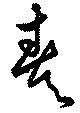
奏